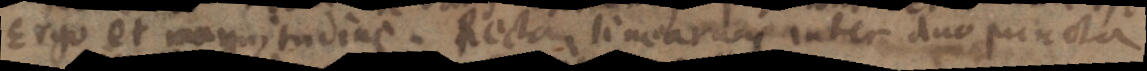
Ergo et magnitudine. Recta lineararo inter duo puncta